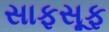
સાફસૂફ